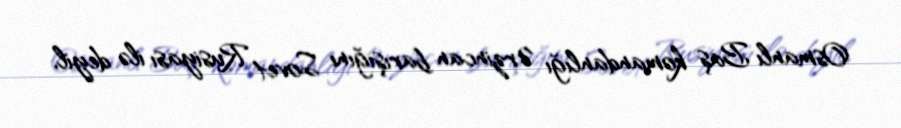
Osmanlı Baş komandanlığı Ərzincan barışığını Sovet Rusiyası ilə deyil,